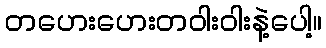
တဟေးဟေးတဝါးဝါးနဲ့ပေါ့။